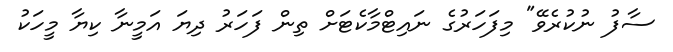
ސާފު ނުކުރެވޭ" މިފަހަރުގެ ނައިޓްމާކެޓަށް ތިން ފަހަރު ދިޔަ އަމީނާ ކިޔާ މީހަކު